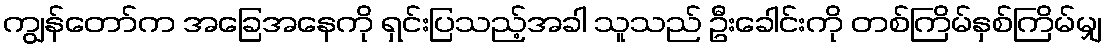
ကျွန်တော်က အခြေအနေကို ရှင်းပြသည့်အခါ သူသည် ဦးခေါင်းကို တစ်ကြိမ်နှစ်ကြိမ်မျှ